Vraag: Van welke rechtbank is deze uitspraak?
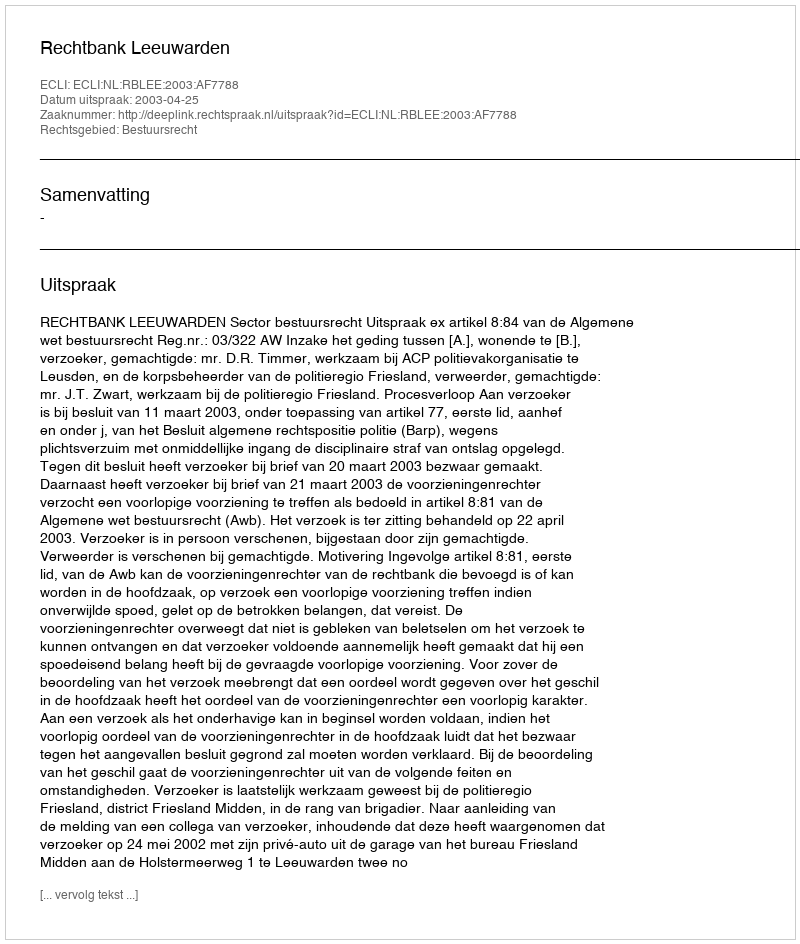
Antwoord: Rechtbank Leeuwarden